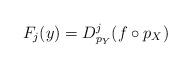
LaTeX: \begin{align*}F_{j}(y) = D_{p_{Y}}^{j}(f \circ p_{X})\end{align*}